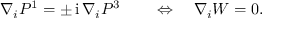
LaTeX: \nabla _ { i } P ^ { 1 } = \pm \, \mathrm { i } \, \nabla _ { i } P ^ { 3 } \qquad \Leftrightarrow \quad \nabla _ { i } W = 0 .